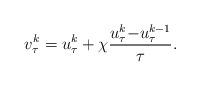
LaTeX: \begin{align*}v_{\tau}^{k}=u_\tau^k+\chi\frac{u_\tau^k{-}u_\tau^{k-1}}\tau.\end{align*}